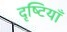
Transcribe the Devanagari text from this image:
दृष्‍टियाँ